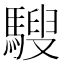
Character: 騪